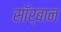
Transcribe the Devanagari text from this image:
सॉर्बान